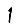
Digit: 1